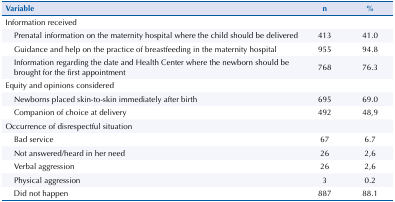
| Variable | n | % |
 | --- | --- | --- |
 | Information received |  |  |
 | Prenatal information on the maternity hospital where the child should be delivered | 413 | 41.0 |
 | Guidance and help on the practice of breastfeeding in the maternity hospital | 955 | 94.8 |
 | Information regarding the date and Health Center where the newborn should be brought for the first appointment | 768 | 76.3 |
 | Equity and opinions considered |  |  |
 | Newborns placed skin-to-skin immediately after birth | 695 | 69.0 |
 | Companion of choice at delivery | 492 | 48,9 |
 | Occurrence of disrespectful situation |  |  |
 | Bad service | 67 | 6.7 |
 | Not answered/heard in her need | 26 | 2,6 |
 | Verbal aggression | 26 | 2,6 |
 | Physical aggression | 3 | 0.2 |
 | Did not happen | 887 | 88.1 |